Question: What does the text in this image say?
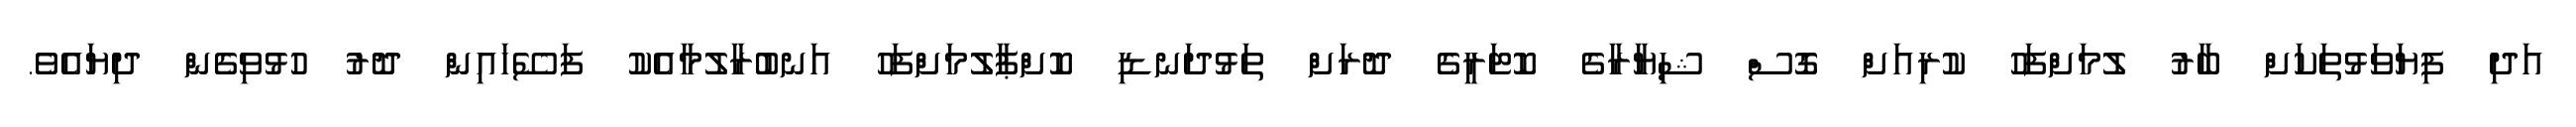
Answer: އަދި ފިޔަވަޅުތަކަށް ބާރު ލުމަށްފަހު ކުރިއަށް ގޮސް ޝިޔާރާގެ ކޮޓަރީގެ ދޮރަށް ތަޅުދަނޑި ކޮށްޕާލުމަށްފަހު އަނބުރާލުމާއެކު ފަސޭހައިން ދޮރު ހުޅުވިގެން ދިޔައެވެ.